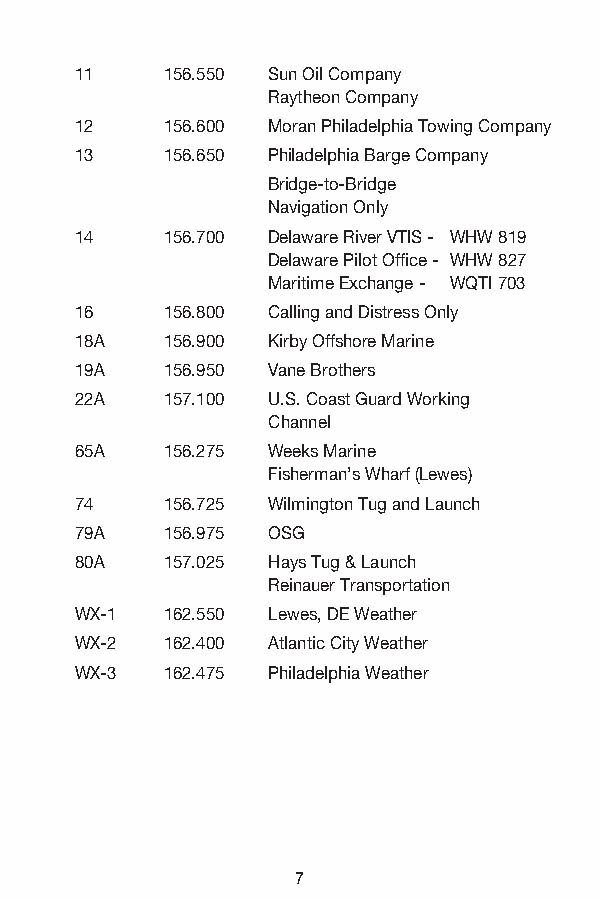
11 156.550 Sun Oil Company
 Raytheon Company
 12 156.600 Moran Philadelphia Towing Company
 13 156.650 Philadelphia Barge Company
 Bridge-to-Bridge
 Navigation Only
 14 156.700 Delaware River VTIS - WHW 819
 Delaware Pilot Office - WHW 827
 Maritime Exchange - WQTI 703
 16 156.800 Calling and Distress Only
 18A 156.900 Kirby Offshore Marine
 19A 156.950 Vane Brothers
 22A 157.100 U.S. Coast Guard Working
 Channel
 65A 156.275 Weeks Marine
 Fisherman’s Wharf (Lewes)
 74 156.725 Wilmington Tug and Launch
 79A 156.975 OSG
 80A 157.025 Hays Tug & Launch
 Reinauer Transportation
 WX-1 162.550 Lewes, DE Weather
 WX-2 162.400 Atlantic City Weather
 WX-3 162.475 Philadelphia Weather
 7